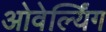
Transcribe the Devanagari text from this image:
ओवेर्ल्यिंग